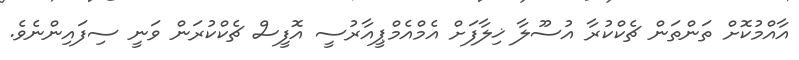
އާއްމުކޮށް ތަންތަން ޗެކްކުރާ އުސޫލާ ޚިލާފަށް އެމްއެމްޕީއާރުސީ އޮފީސް ޗެކްކުރަން ވަނީ ސިފައިންނެވެ.